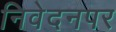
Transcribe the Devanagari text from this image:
निवेदनपर